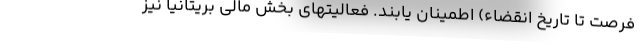
فرصت تا تاریخ انقضاء) اطمینان یابند. فعالیتهای بخش مالی بریتانیا نیز